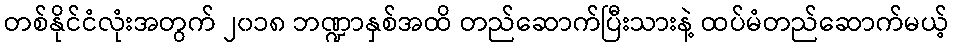
တစ်နိုင်ငံလုံးအတွက် ၂၀၁၈ ဘဏ္ဍာနှစ်အထိ တည်ဆောက်ပြီးသားနဲ့ ထပ်မံတည်ဆောက်မယ့်